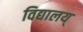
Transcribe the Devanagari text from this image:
विद्यालय्